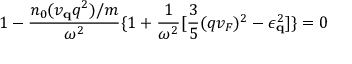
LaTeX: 1 - \frac { n _ { 0 } ( v _ { { \bf { q } } } q ^ { 2 } ) / m } { \omega ^ { 2 } } \{ 1 + \frac { 1 } { \omega ^ { 2 } } [ \frac { 3 } { 5 } ( q v _ { F } ) ^ { 2 } - \epsilon _ { { \bf { q } } } ^ { 2 } ] \} = 0